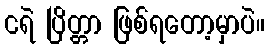
ငရဲ ပြိတ္တာ ဖြစ်ရတော့မှာပဲ။